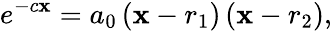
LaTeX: e^{-c\mathbf{x}}=a_{0}\left(\mathbf{x}-r_{1}\right)\left(\mathbf{x}-r_{2}\right),